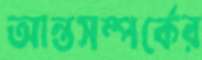
আন্তসম্পর্কের